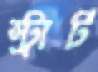
স্ট্রার্ট